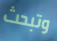
وتبحث